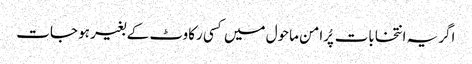
اگر یہ انتخابات پُرامن ماحول میں کسی رکاوٹ کے بغیر ہو جات